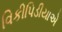
વિકીપિડીયાએ